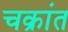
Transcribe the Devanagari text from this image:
चक्रांत